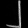
Digit: ၂